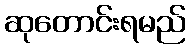
ဆုတောင်းရမည်